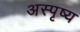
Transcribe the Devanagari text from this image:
अस्पृष्य